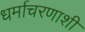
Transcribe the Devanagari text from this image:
धर्माचरणाशी